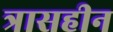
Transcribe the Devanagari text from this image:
त्रासहीन